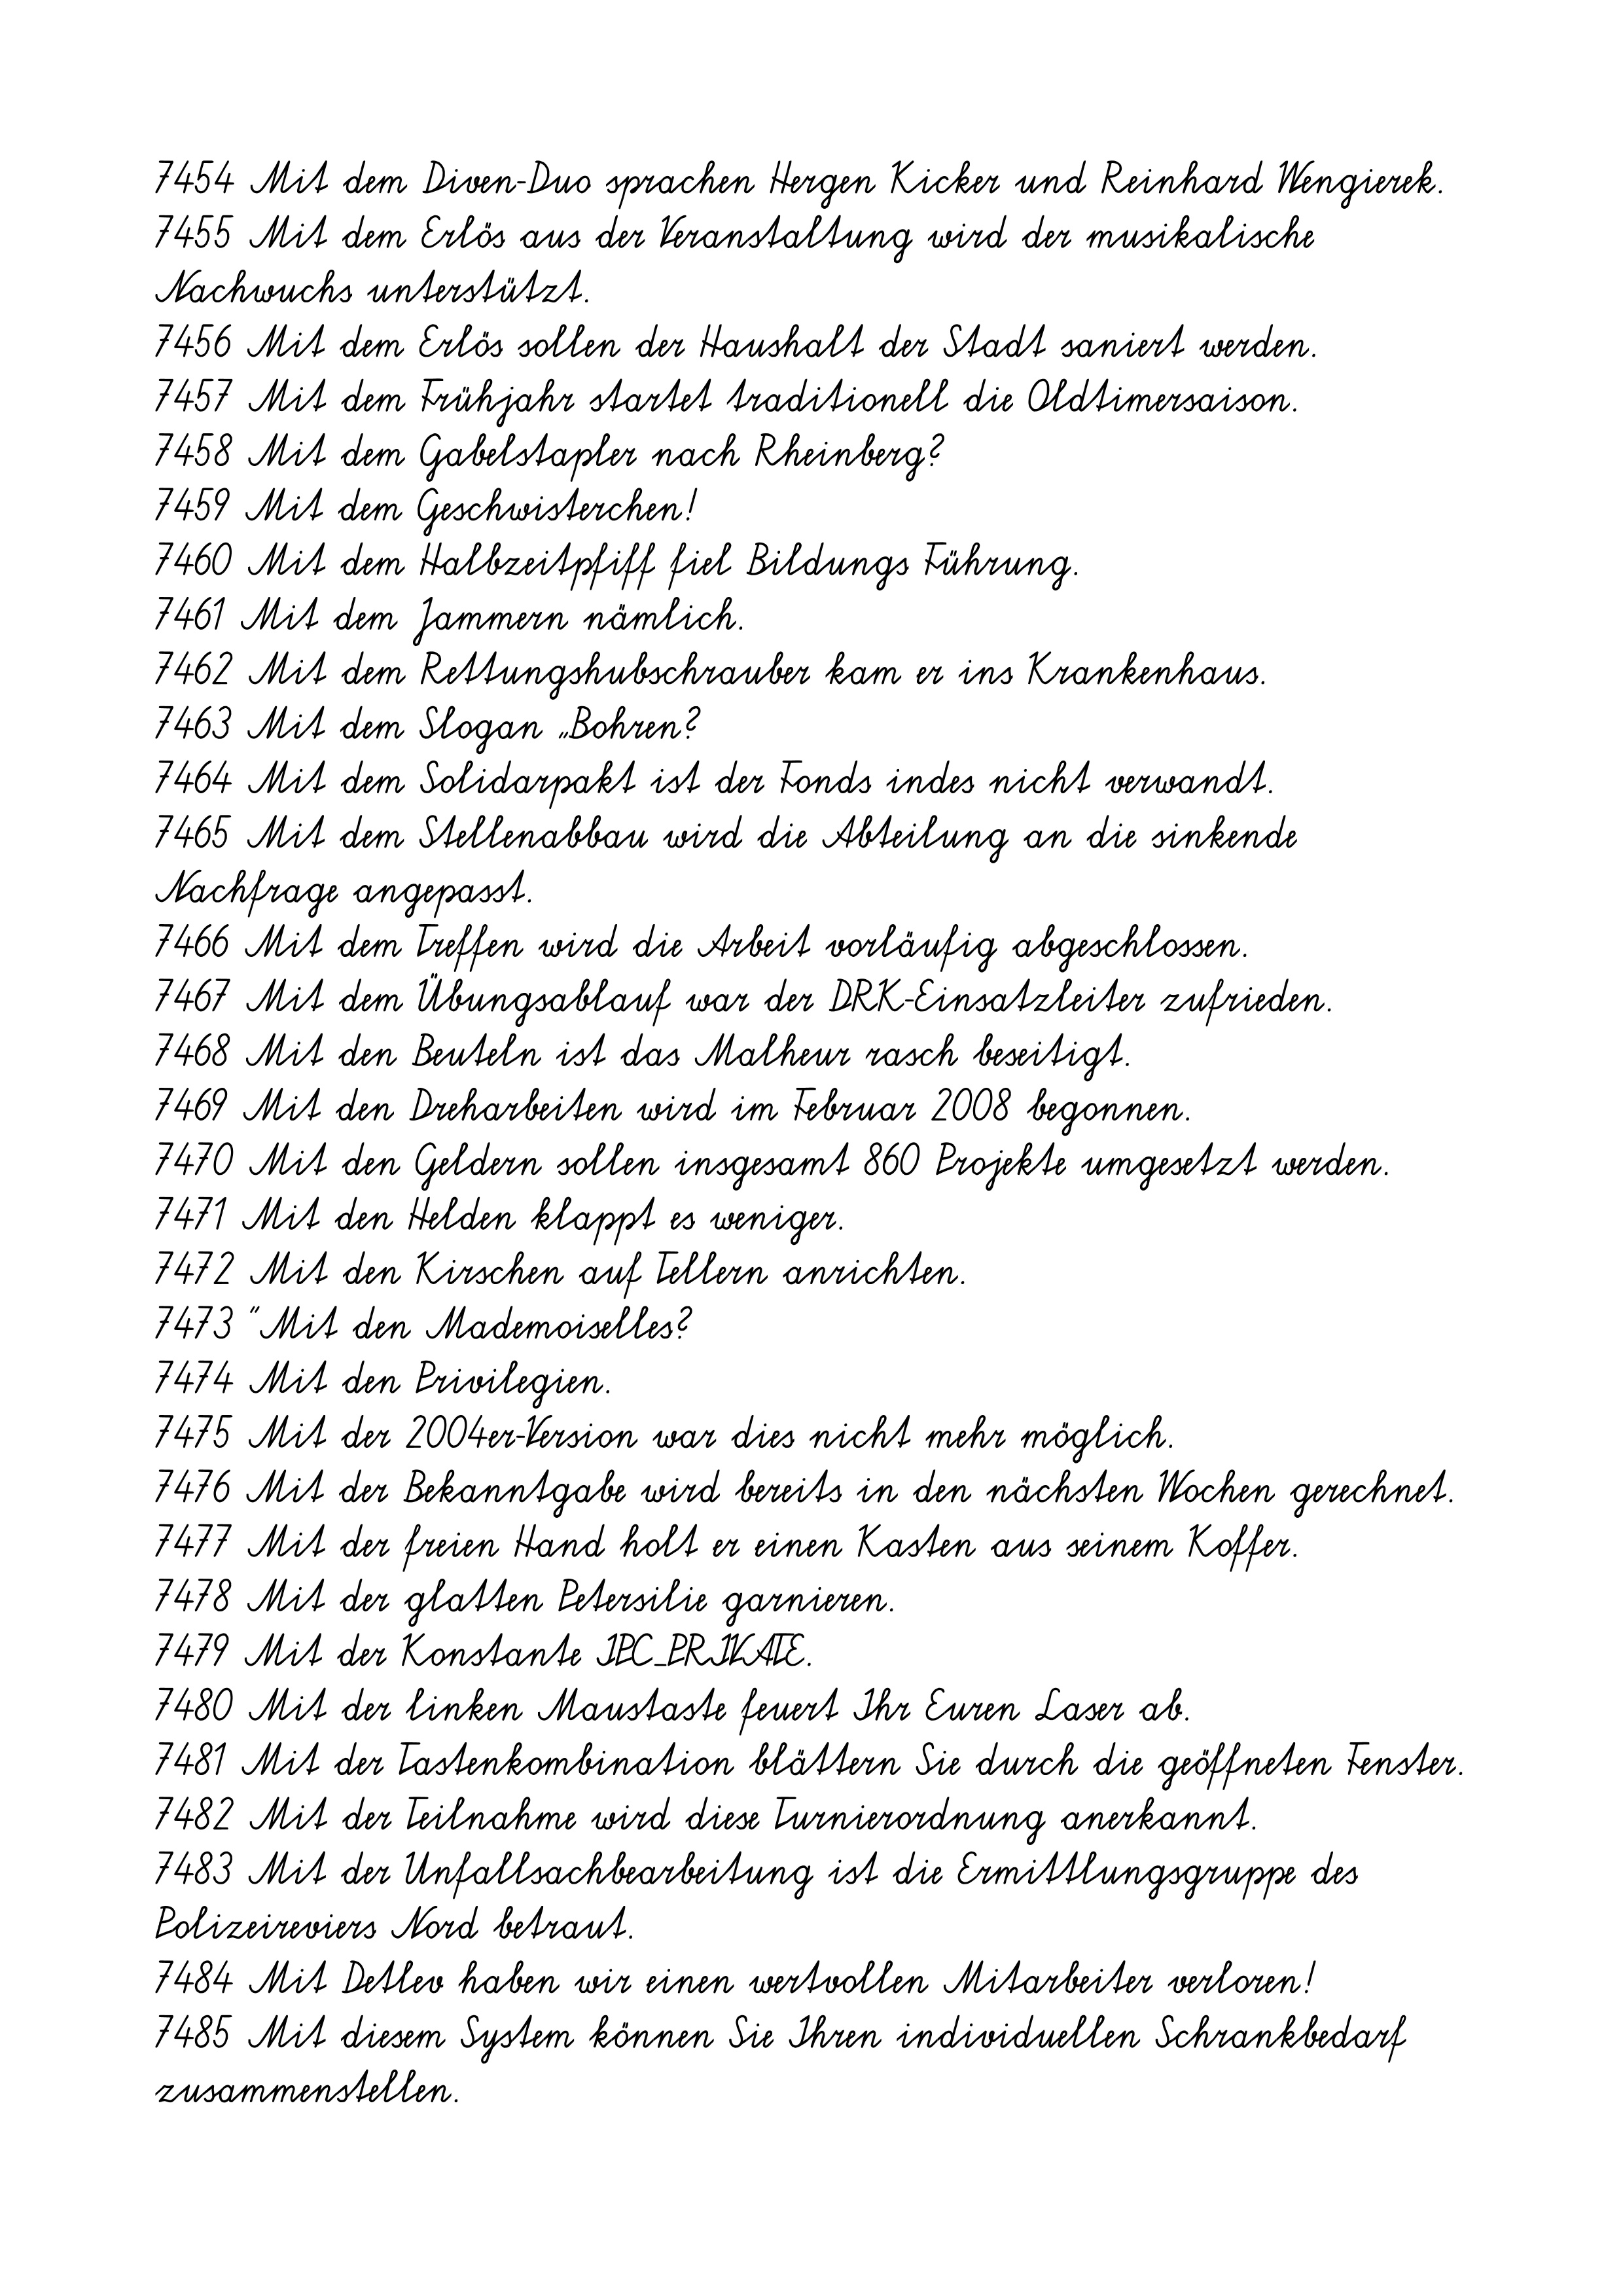
7454 Mit dem Diven-Duo sprachen Hergen Kicker und Reinhard Wengierek.
7455 Mit dem Erlös aus der Veranstaltung wird der musikalische
Nachwuchs unterstützt.
7456 Mit dem Erlös sollen der Haushalt der Stadt saniert werden.
7457 Mit dem Frühjahr startet traditionell die Oldtimersaison.
7458 Mit dem Gabelstapler nach Rheinberg?
7459 Mit dem Geschwisterchen!
7460 Mit dem Halbzeitpfiff fiel Bildungs Führung.
7461 Mit dem Jammern nämlich.
7462 Mit dem Rettungshubschrauber kam er ins Krankenhaus.
7463 Mit dem Slogan „Bohren?
7464 Mit dem Solidarpakt ist der Fonds indes nicht verwandt.
7465 Mit dem Stellenabbau wird die Abteilung an die sinkende
Nachfrage angepasst.
7466 Mit dem Treffen wird die Arbeit vorläufig abgeschlossen.
7467 Mit dem Übungsablauf war der DRK-Einsatzleiter zufrieden.
7468 Mit den Beuteln ist das Malheur rasch beseitigt.
7469 Mit den Dreharbeiten wird im Februar 2008 begonnen.
7470 Mit den Geldern sollen insgesamt 860 Projekte umgesetzt werden.
7471 Mit den Helden klappt es weniger.
7472 Mit den Kirschen auf Tellern anrichten.
7473 "Mit den Mademoiselles?
7474 Mit den Privilegien.
7475 Mit der 2004er-Version war dies nicht mehr möglich.
7476 Mit der Bekanntgabe wird bereits in den nächsten Wochen gerechnet.
7477 Mit der freien Hand holt er einen Kasten aus seinem Koffer.
7478 Mit der glatten Petersilie garnieren.
7479 Mit der Konstante IPC_PRIVATE.
7480 Mit der linken Maustaste feuert Ihr Euren Laser ab.
7481 Mit der Tastenkombination blättern Sie durch die geöffneten Fenster.
7482 Mit der Teilnahme wird diese Turnierordnung anerkannt.
7483 Mit der Unfallsachbearbeitung ist die Ermittlungsgruppe des
Polizeireviers Nord betraut.
7484 Mit Detlev haben wir einen wertvollen Mitarbeiter verloren!
7485 Mit diesem System können Sie Ihren individuellen Schrankbedarf
zusammenstellen.